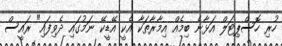
ހުރި ހޮސްޕިޓަލް އަޅާނެ ބިމެއް އިމާރާތަކާ އެކީ އޭޑީކޭ ނަމުގައި ދެވިފައި" ރައީސް